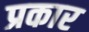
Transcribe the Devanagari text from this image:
प्रकार